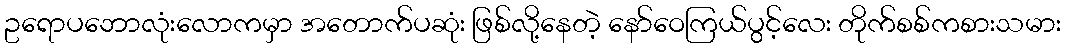
ဥရောပဘောလုံးလောကမှာ အတောက်ပဆုံး ဖြစ်လို့နေတဲ့ နော်ဝေကြယ်ပွင့်လေး တိုက်စစ်ကစားသမား